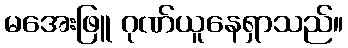
မအေးဖြူ ဂုဏ်ယူနေရှာသည်။